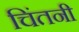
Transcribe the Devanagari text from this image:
चिंतनी